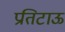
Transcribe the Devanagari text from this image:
प्रतिटाऊ